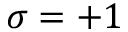
\sigma = + 1